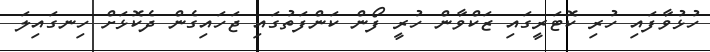
ހުޅުވާފައި ހުރި ކޮޓަރީގައި ޒަކްވާން ހުރީ ފޯން ކަންފަތުގައި ޖަހައިގެން ދެކޮޅަށް ހިނގައިލަ